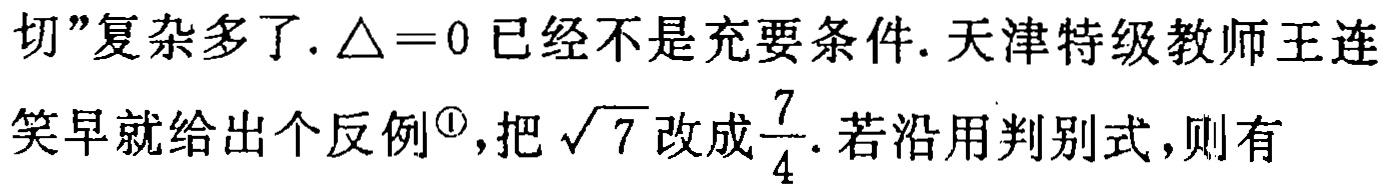
切”复杂多了.$\triangle = 0$已经不是充要条件. 天津特级教师王连笑早就给出个反例$^{\circled{1}}$,把$\sqrt{7}$改成$\frac{7}{4}$. 若沿用判别式,则有